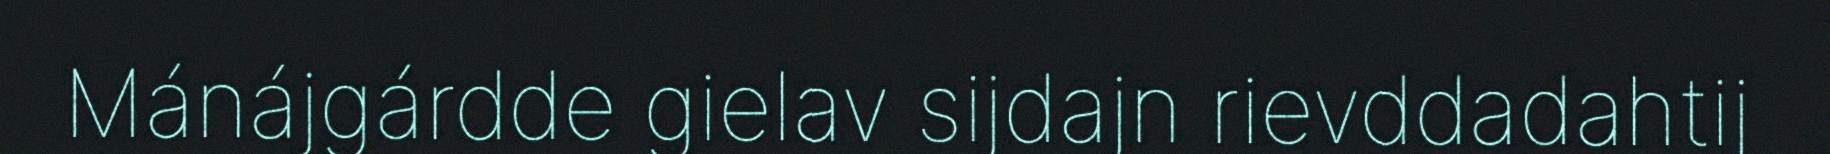
Mánájgárdde gielav sijdajn rievddadahtij